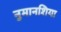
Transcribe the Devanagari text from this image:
नुमानशिया